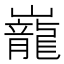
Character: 巃